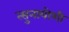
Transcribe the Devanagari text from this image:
त्सुनायोशी